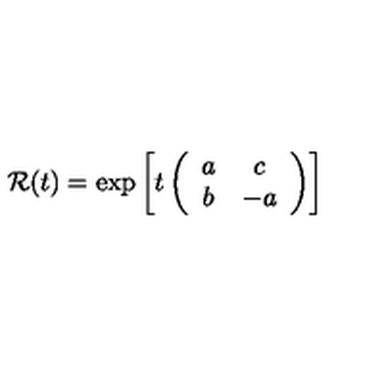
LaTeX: { \cal R } ( t ) = { \exp } \left[ { \displaystyle t } \left( \begin{array} { c c } { a } & { c } \\ { b } & { - a } \\ \end{array} \right) \right]